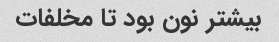
بیشتر نون بود تا مخلفات